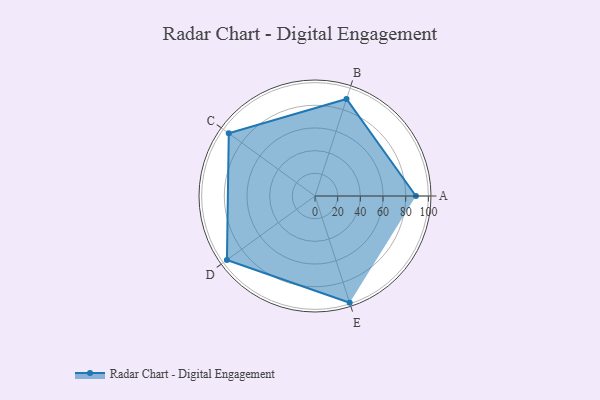
{"axis": {"x": "Skill", "y": "Score"}, "legend": ["Profile"], "data": [{"x": "A", "y": 89.0, "type": "Profile"}, {"x": "B", "y": 90.0, "type": "Profile"}, {"x": "C", "y": 94.0, "type": "Profile"}, {"x": "D", "y": 96.0, "type": "Profile"}, {"x": "E", "y": 99.0, "type": "Profile"}]}